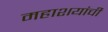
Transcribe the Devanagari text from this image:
महाशयांची